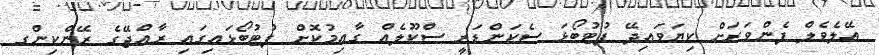
އޭލެވެލް ފެންވަރަށް ކިޔަވައިދޭ ފުޓުބޯޅަ ސެކަންޑަރީ ސްކޫލެއް ގާއިމުކޮށް ފުޓުބޯޅައިގައި ރާއްޖޭގެ ރޭންކިންގ